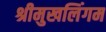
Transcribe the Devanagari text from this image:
श्रीमुखलिंगम